Source: Computer-generated
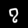
Digit: ၇ (7)